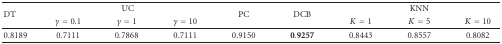
| <ROWSPAN=2> DT | <COLSPAN=3> UC | <ROWSPAN=2> PC | <ROWSPAN=2> DCB | <COLSPAN=3> KNN |
 | γ = 0.1 | γ = 1 | γ = 10 | K = 1 | K = 5 | K = 10 |
 | --- | --- | --- | --- | --- | --- | --- | --- | --- |
 | 0.8189 | 0.7111 | 0.7868 | 0.7111 | 0.9150 | 0.9257 | 0.8443 | 0.8557 | 0.8082 |